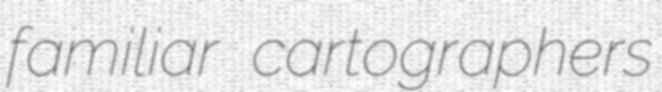
familiar cartographers